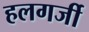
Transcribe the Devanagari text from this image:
हलगर्जी